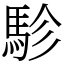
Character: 駗